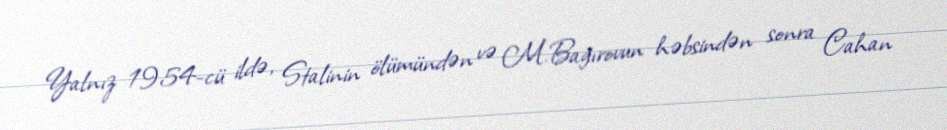
Yalnız 1954-cü ildə, Stalinin ölümündən və M.Bağırovun həbsindən sonra Cahan